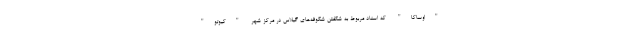
"اوساکا" که اسناد مربوط به شکفتن شکوفه‌های گیلاس در مرکز شهر "کیوتو"